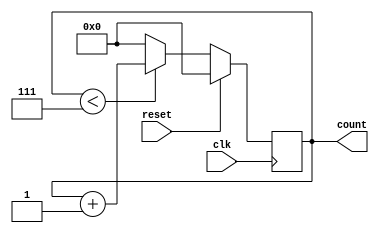
module modnupcounter(clk,reset,count);
 parameter N=8;/*MOD*/
 input clk,reset;
 output reg [3:0]count;// Change the Count Size if the N value is greater than 16

 
    always@(posedge clk)
      begin
            if(reset)
                begin
               count=0;
                end
            else if(count<N-1) 
                begin
                      count=count+1;
                end
            else count=4'b0000;
       end
endmodule